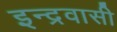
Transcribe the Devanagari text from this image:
इन्द्रवासी